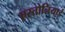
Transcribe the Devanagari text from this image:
एस्तोनियाई